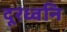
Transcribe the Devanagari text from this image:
दूरध्वनि